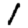
Digit: 1